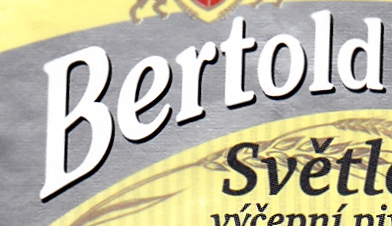
Bertold